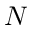
N